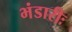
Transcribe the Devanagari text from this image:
भंडारीः